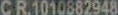
CR.1010882948